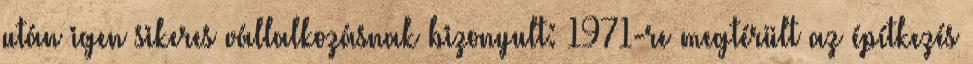
után igen sikeres vállalkozásnak bizonyult: 1971-re megtérült az építkezés